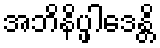
အဘိနိပ္ဖါဒေန္တိ